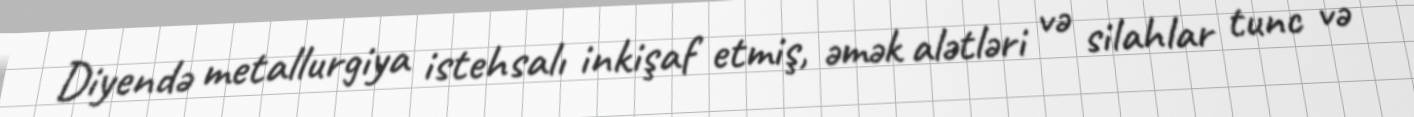
Diyendə metallurgiya istehsalı inkişaf etmiş, əmək alətləri və silahlar tunc və